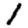
Digit: 1